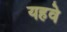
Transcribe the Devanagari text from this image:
यहवे